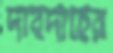
দাবদাহের